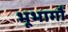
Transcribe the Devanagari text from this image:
भूभागौं